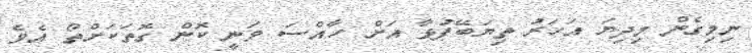
ނިމިގެން މިދިޔަ އަހަރު ތިޔަބޭފުޅާ އަށް ހާއްސަ ވަނީ ކޮން ގޮތަކަށްތޯ އެވެ